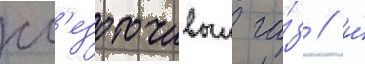
сл'езоточивыи га́з / и́